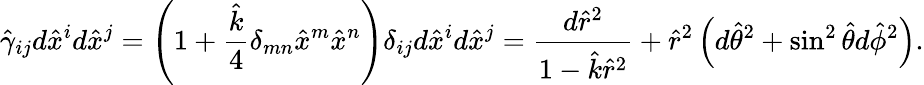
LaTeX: \hat{\gamma}_{ij}d\hat{x}^{i}d\hat{x}^{j}=\left(1+{\frac{\hat{k}}{4}}\delta_{mn}\hat{x}^{m}\hat{x}^{n}\right)\delta_{ij}d\hat{x}^{i}d\hat{x}^{j}={\frac{d\hat{r}^{2}}{1-\hat{k}\hat{r}^{2}}}+\hat{r}^{2}\left(d\hat{\theta}^{2}+\sin^{2}\hat{\theta}d\hat{\phi}^{2}\right).